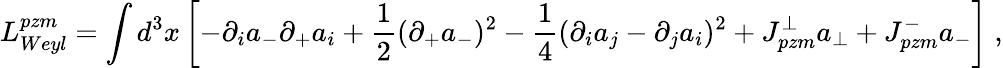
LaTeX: L_{Weyl}^{pzm}=\int d^{3}{x}\left[-\partial_{i}a_{-}\partial_{+}a_{i}+\frac 12(\partial_{+}a_{-})^{2}-\frac 14(\partial_{i}a_{j}-\partial_{j}a_{i})^{2}+J_{pzm}^{\perp}a_{\perp}+J_{pzm}^{-}a_{-}\right]\; ,